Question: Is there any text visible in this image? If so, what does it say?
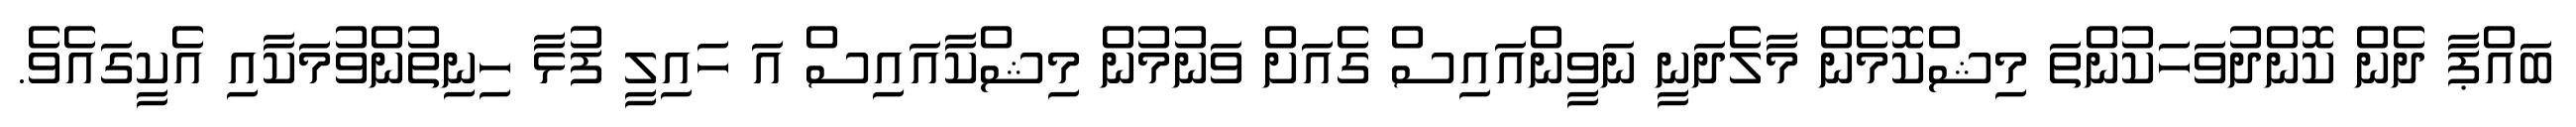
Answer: ބައްޕާ ދެން ކޮންދުވަހަކުންތަ މިޝްކޮމެން މާލެދަނީ ނަވީންއައިސް ގެއަށް ވަނުމުން މިޝްކާއައިސް އަ ހައިލީ ފުޅާ ހިނިތުންވުމަކާއި އެކީގައެވެ.